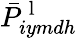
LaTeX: \bar{P}_{iymdh}^{\mathrm{~l~}}